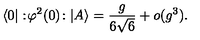
\langle 0 | : \! \varphi ^ { 2 } ( 0 ) \! : | A \rangle = \frac { g } { 6 \sqrt { 6 } } + o ( g ^ { 3 } ) .